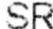
SR